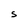
Character: S